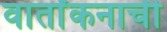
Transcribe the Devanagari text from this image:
वार्तांकनाची